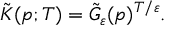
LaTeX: { \tilde { K } } ( p ; T ) = { \tilde { G } } _ { \varepsilon } ( p ) ^ { T / \varepsilon } .